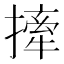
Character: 撁